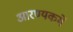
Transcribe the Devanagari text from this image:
आरण्यकमें